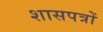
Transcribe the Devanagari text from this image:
शासपत्रों